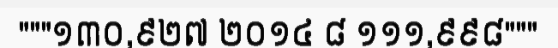
"""១៣០,៩២៧ ២០១៤ ៨ ១១១,៩៩៨"""